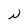
Character: N